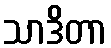
သာဒိတာ